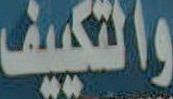
والتكييف